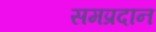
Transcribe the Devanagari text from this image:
समप्रदान